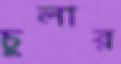
চুলার